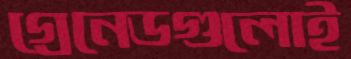
গ্রেনেডগুলোই